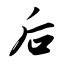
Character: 后